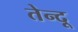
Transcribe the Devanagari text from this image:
तेन्दू